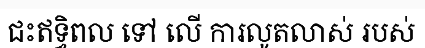
ជះឥទ្ធិពល ទៅ លើ ការលូតលាស់ របស់